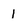
Character: 1